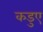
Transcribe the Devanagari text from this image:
कडुए